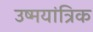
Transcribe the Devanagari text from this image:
उष्मयांत्रिक